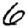
Digit: 6